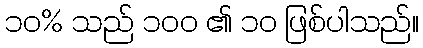
၁၀% သည် ၁၀၀ ၏ ၁၀ ဖြစ်ပါသည်။